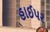
હાઈપર